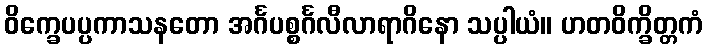
ဝိက္ခေပပ္ပကာသနတော အင်္ဂပစ္စင်္ဂလီလာရာဂိနော သပ္ပါယံ။ ဟတဝိက္ခိတ္တကံ